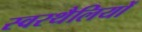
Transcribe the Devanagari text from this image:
स्वरथैलियों